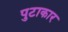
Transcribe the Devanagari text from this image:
पुटाकार